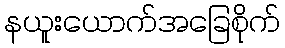
နယူးယောက်အခြေစိုက်